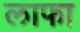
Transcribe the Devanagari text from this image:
लाफा